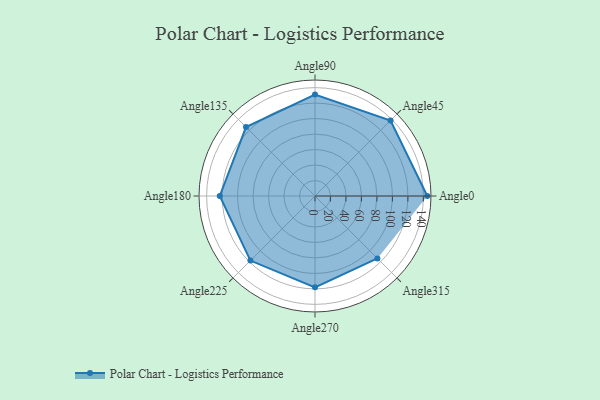
{"axis": {"x": "Angle", "y": "Radius"}, "legend": [""], "data": [{"x": "Angle0", "y": 145.0, "type": ""}, {"x": "Angle45", "y": 138.0, "type": ""}, {"x": "Angle90", "y": 131.0, "type": ""}, {"x": "Angle135", "y": 126.0, "type": ""}, {"x": "Angle180", "y": 123.0, "type": ""}, {"x": "Angle225", "y": 118.0, "type": ""}, {"x": "Angle270", "y": 118.0, "type": ""}, {"x": "Angle315", "y": 114.0, "type": ""}]}